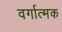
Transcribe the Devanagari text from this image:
वर्गात्मक